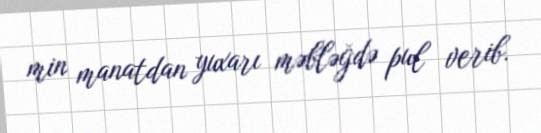
min manatdan yuxarı məbləğdə pul verib.